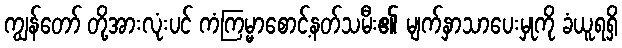
ကျွန်တော် တို့အားလုံးပင် ကံကြမ္မာစောင့်နတ်သမီး၏ မျက်နှာသာပေးမှုကို ခံယူရရှိ